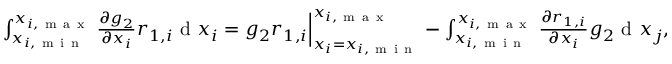
\begin{array} { r } { \int _ { x _ { i , \mathrm { ~ m ~ i ~ n ~ } } } ^ { x _ { i , \mathrm { ~ m ~ a ~ x ~ } } } { \frac { \partial g _ { 2 } } { \partial x _ { i } } r _ { 1 , i } } \mathrm { ~ d ~ } x _ { i } = g _ { 2 } r _ { 1 , i } \Big | _ { x _ { i } = x _ { i , \mathrm { ~ m ~ i ~ n ~ } } } ^ { x _ { i , \mathrm { ~ m ~ a ~ x ~ } } } - \int _ { x _ { i , \mathrm { ~ m ~ i ~ n ~ } } } ^ { x _ { i , \mathrm { ~ m ~ a ~ x ~ } } } { \frac { \partial r _ { 1 , i } } { \partial x _ { i } } g _ { 2 } } \mathrm { ~ d ~ } x _ { j } , } \end{array}